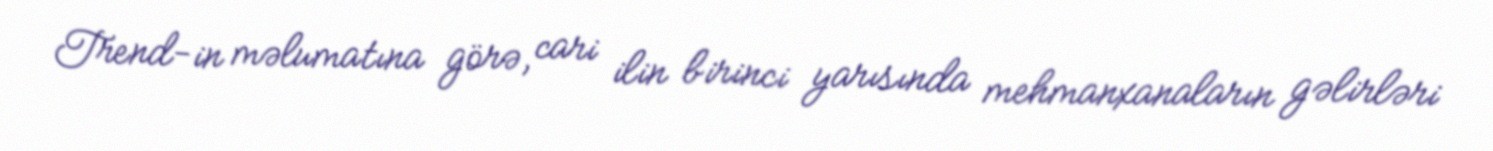
Trend-in məlumatına görə, cari ilin birinci yarısında mehmanxanaların gəlirləri